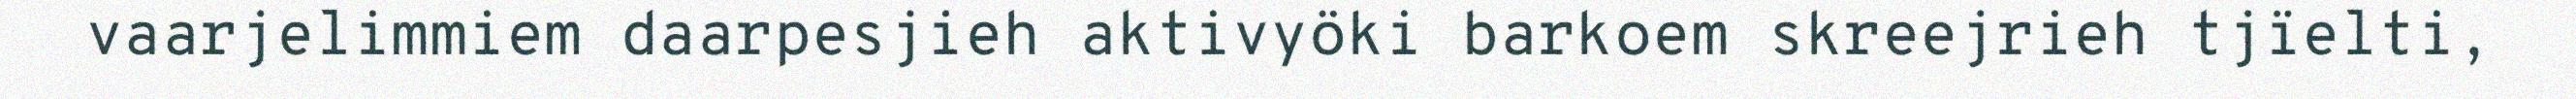
vaarjelimmiem daarpesjieh aktivyöki barkoem skreejrieh tjïelti,